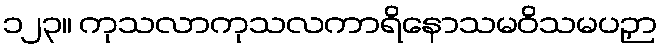
၁၂၃။ ကုသလာကုသလကာရိနောသမဝိသမပဉှာ